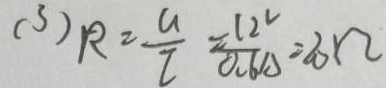
( 3 ) R = \frac { u } { I } = \frac { 1 2 v } { 0 . 6 A } = 2 0 \Omega